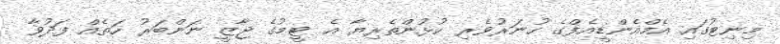
މިނިޓުގައި އެމްއެންޑީއެފްގެ ހުނަރުވެރި ކުޅުންތެރިޔާ އެ ޓީމުގެ ޖާޒީ ނަންބަރު ހަތެއް ފަދުވާ